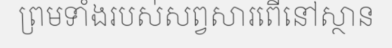
ព្រមទាំងរបស់សព្វសារពើនៅស្ថាន